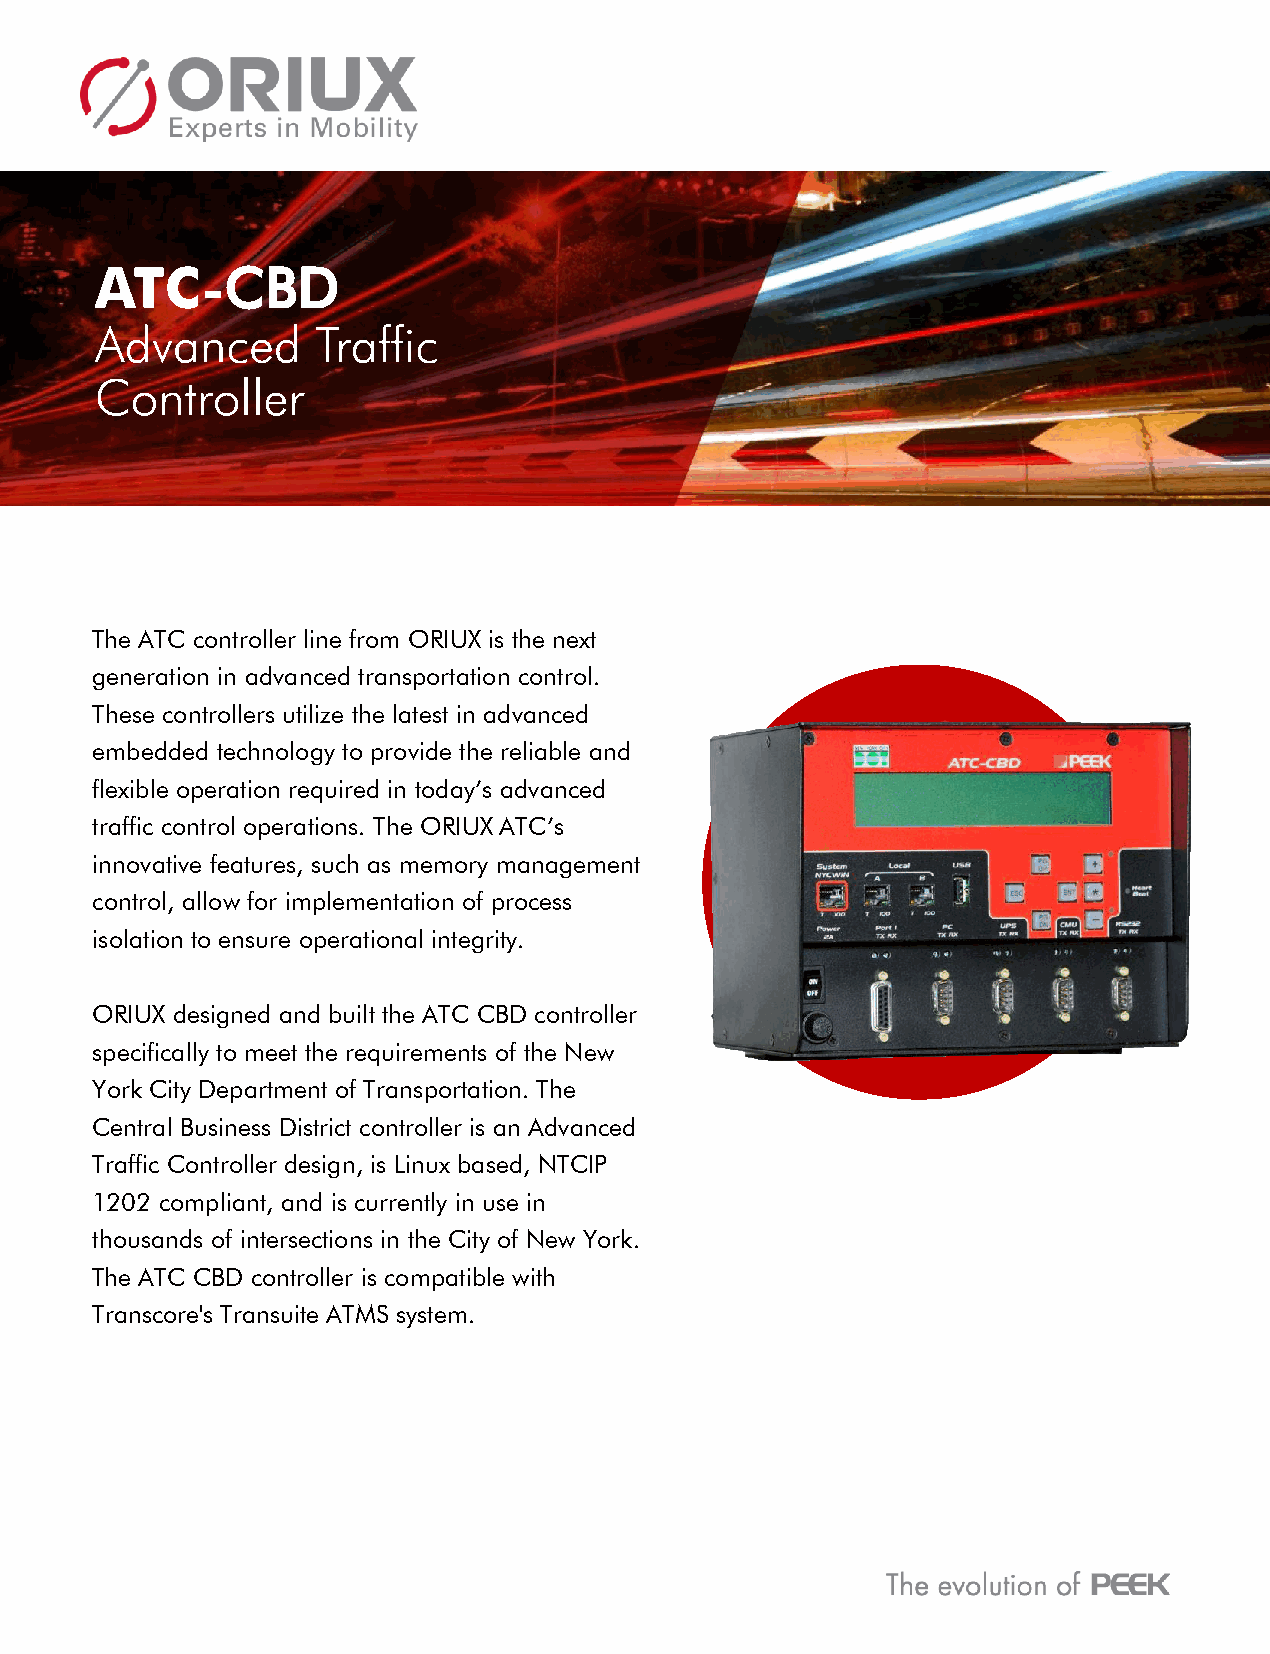
ATC-CBD
 Advanced       Traffic
 Controller
 The ATC controller line from ORIUX is the next
 generation in advanced transportation control.
 These controllers utilize the latest in advanced
 embedded technology to provide the reliable and
 flexible operation required in today’s advanced
 traffic control operations. The ORIUX ATC’s
 innovative features, such as memory management
 control, allow for implementation of process
 isolation to ensure operational integrity.
 ORIUX designed and built the ATC CBD controller
 specifically to meet the requirements of the New
 York City Department of Transportation. The
 Central Business District controller is an Advanced
 Traffic Controller design, is Linux based, NTCIP
 1202 compliant, and is currently in use in
 thousands of intersections in the City of New York.
 The ATC CBD controller is compatible with
 Transcore's Transuite ATMS system.